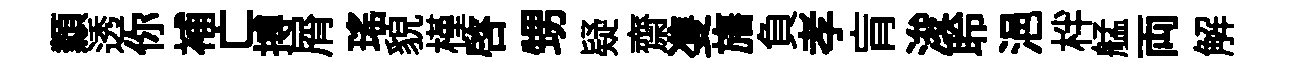
纇透你補亡搏屑瑶貌槿啓甥疑齋㕠旛負孝肓浚聆浥柈艋両解